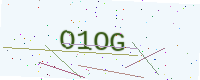
Text: O1OG